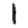
Digit: 1